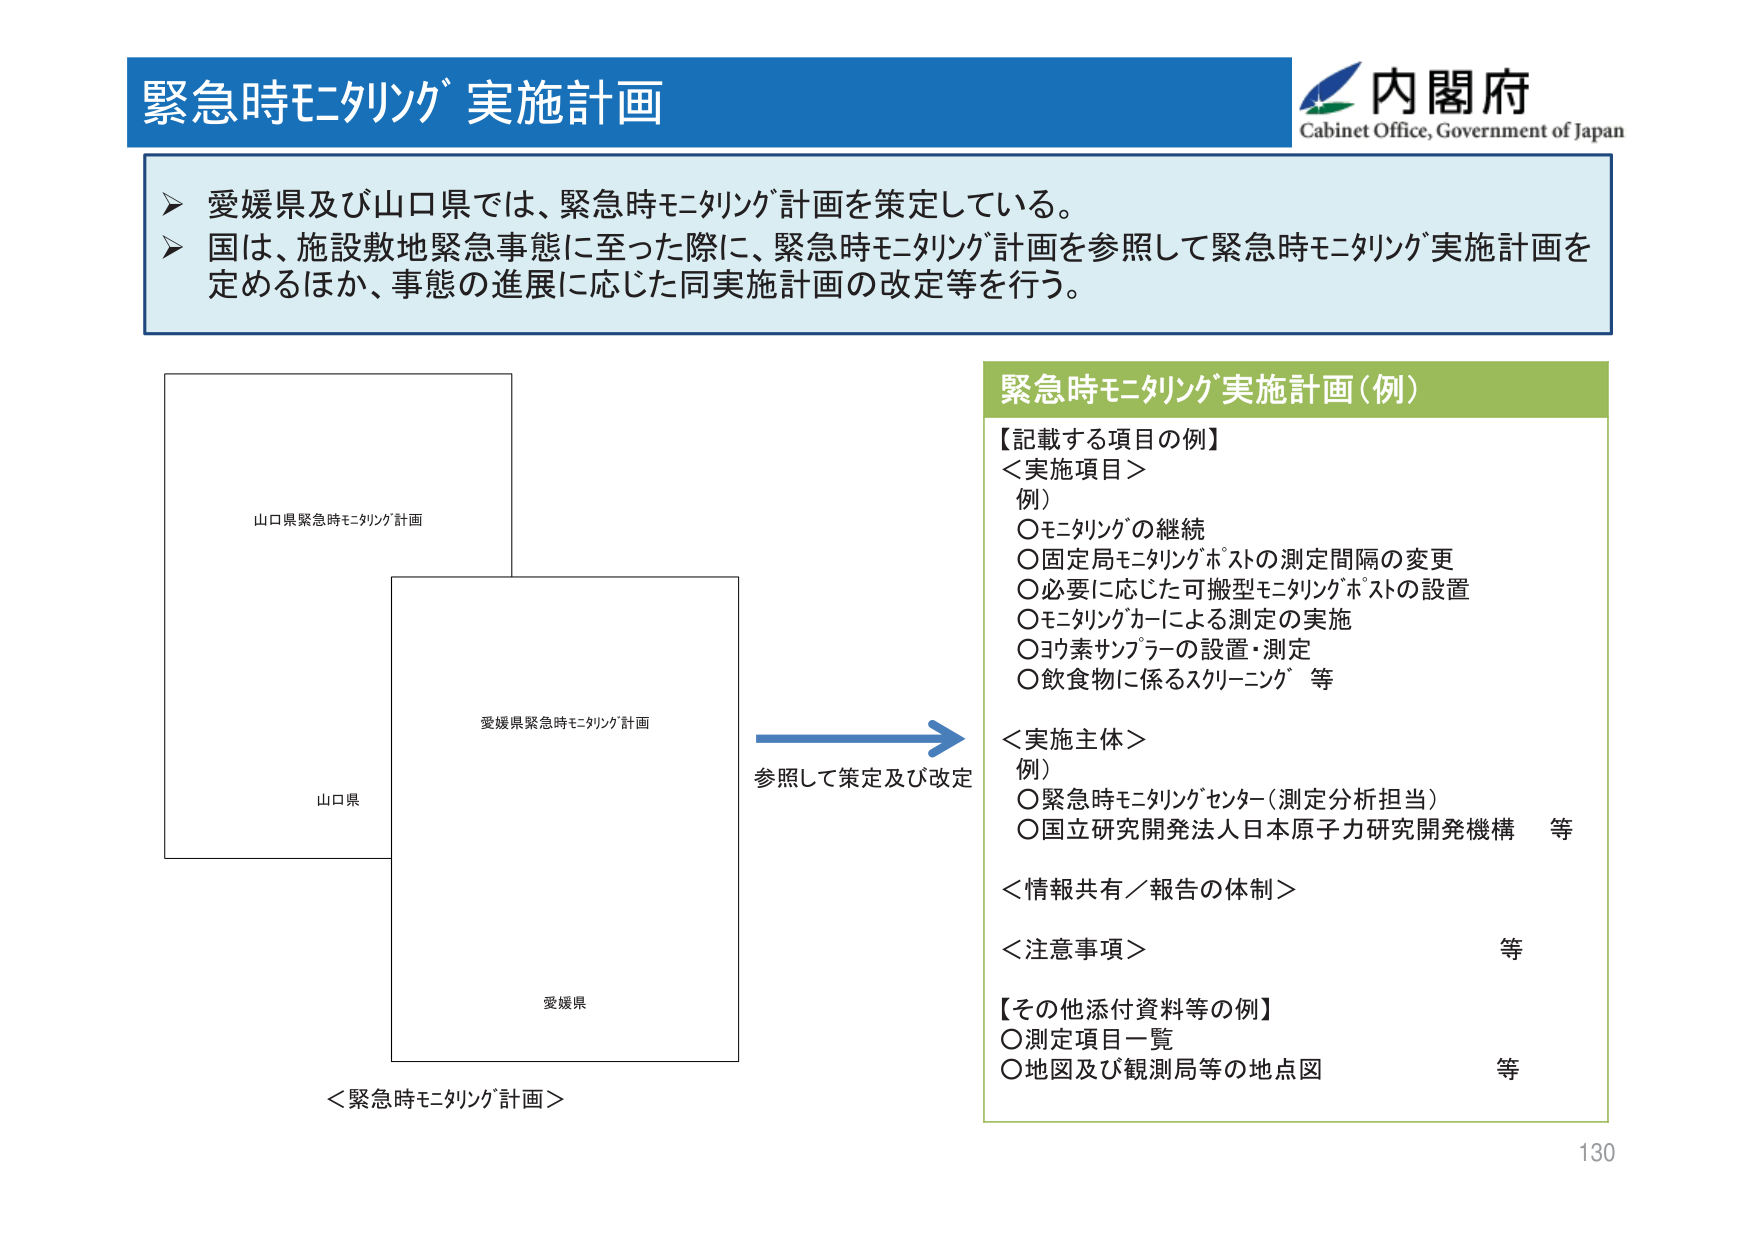
緊急時モニタリング 実施計画
内閣府
Cabinet Office, Government of Japan

➤ 愛媛県及び山口県では、緊急時モニタリング計画を策定している。
➤ 国は、施設敷地緊急事態に至った際に、緊急時モニタリング計画を参照して緊急時モニタリング実施計画を定めるほか、事態の進展に応じた同実施計画の改定等を行う。

山口県緊急時モニタリング計画
山口県
愛媛県緊急時モニタリング計画
愛媛県
＜緊急時モニタリング計画＞
参照して策定及び改定

緊急時モニタリング実施計画（例）
【記載する項目の例】
＜実施項目＞
例）
〇モニタリングの継続
〇固定局モニタリングポストの測定間隔の変更
〇必要に応じた可搬型モニタリングポストの設置
〇モニタリングカーによる測定の実施
〇ヨウ素サンプラーの設置・測定
〇飲食物に係るスクリーニング 等

＜実施主体＞
例）
〇緊急時モニタリングセンター（測定分析担当）
〇国立研究開発法人日本原子力研究開発機構 等

＜情報共有／報告の体制＞
＜注意事項＞ 等

【その他添付資料等の例】
〇測定項目一覧
〇地図及び観測局等の地点図 等

130